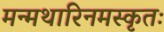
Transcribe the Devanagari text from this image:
मन्मथारिनमस्कृतः